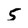
Character: 5